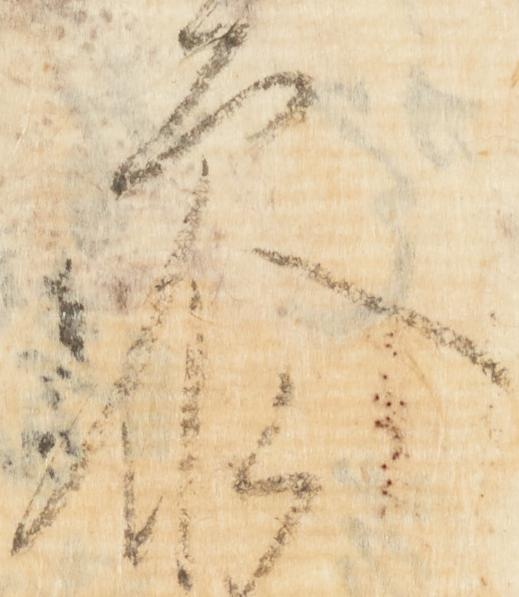
参